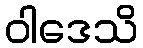
ဝါဒေသိ